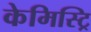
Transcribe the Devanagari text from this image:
केमिस्ट्रि